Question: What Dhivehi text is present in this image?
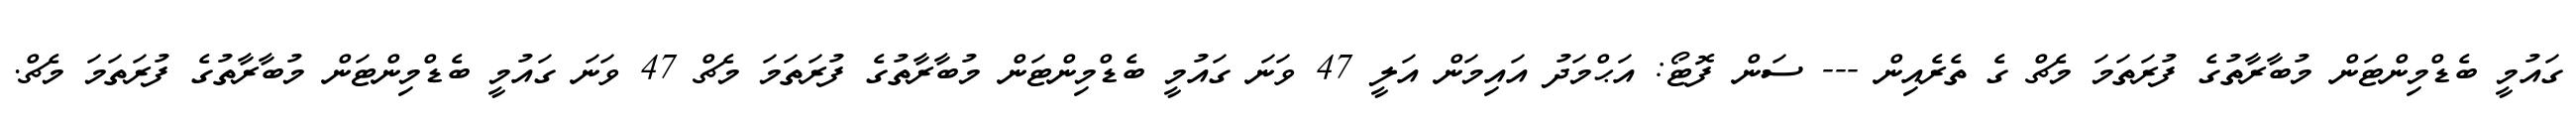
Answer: ގައުމީ ބެޑްމިންޓަން މުބާރާތުގެ ފުރަތަމަ މެޗް ގެ ތެރެއިން --- ސަން ފޮޓޯ: އަޙްމަދު އައިމަން އަލީ 47 ވަނަ ގައުމީ ބެޑްމިންޓަން މުބާރާތުގެ ފުރަތަމަ މެޗް 47 ވަނަ ގައުމީ ބެޑްމިންޓަން މުބާރާތުގެ ފުރަތަމަ މެޗް.